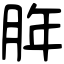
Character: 脌